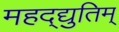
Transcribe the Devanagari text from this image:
महद्‌द्युतिम्